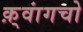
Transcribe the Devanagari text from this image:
क़्वांगचो